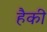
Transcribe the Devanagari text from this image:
हैकी